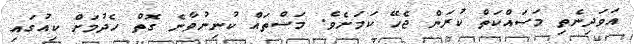
އަވަދިނެތި މަސައްކަތް ކުރަން ޖެހޭ ކަމަށެވެ. މަސްތައް ކުނިނުވާނެ ގޮތް ހެދުމަށް ކިއުގައި